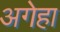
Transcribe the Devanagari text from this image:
अगेहा